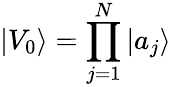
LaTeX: |V_{0}\rangle=\prod_{j=1}^{N}|a_{j}\rangle